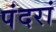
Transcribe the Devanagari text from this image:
पंदरां